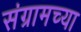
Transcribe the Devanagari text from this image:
संग्रामच्या